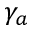
\gamma _ { a }